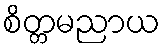
စိတ္တမညာယ